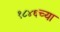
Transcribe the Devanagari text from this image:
१८४६च्या